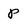
Character: p